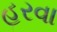
હરવા